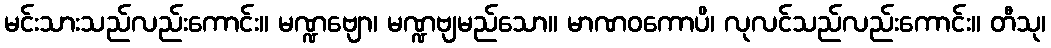
မင်းသားသည်လည်းကောင်း။ မဏ္ဍဗျော၊ မဏ္ဍဗျမည်သော။ မာဏဝကောပိ၊ လုလင်သည်လည်းကောင်း။ တီသု၊